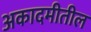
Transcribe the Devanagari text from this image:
अकादमीतील